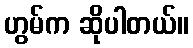
ဟွမ်က ဆိုပါတယ်။